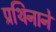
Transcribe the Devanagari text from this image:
प्रथिनाने